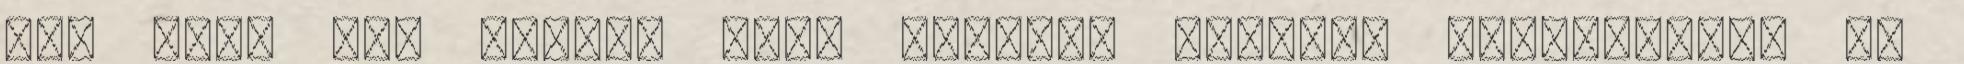
nem akar oda jutni, hogy karddal kelljen védekeznie, és